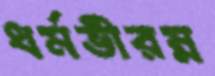
ধর্মভীরম্ন